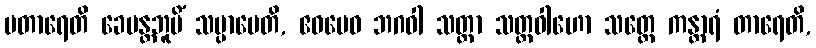
ပတာရေတိ ခေမန္တဘူမိံ သမ္ပာပေတိ, ဧဝမေဝ ဘဂဝါ သတ္ထာ သတ္ထဝါဟော သတ္တေ ကန္တာရံ တာရေတိ,